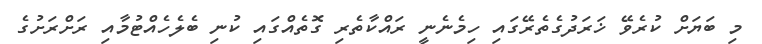
މި ބަޔަށް ކުރެވޭ ޚަރަދުގެތެރޭގައި ހިމެނެނީ ރައްކާތެރި ގޮތެއްގައި ކުނި ބެލެހެއްޓުމާއި ރަށްރަށުގެ